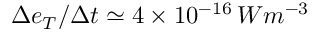
\Delta e _ { T } / \Delta t \simeq 4 \times 1 0 ^ { - 1 6 } \, W m ^ { - 3 }